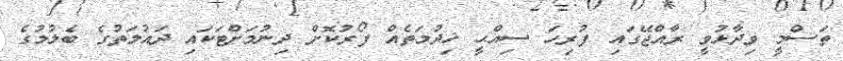
ތަސްމީ ވިދާޅުވީ ރާއްޖޭގައި ފުރިހަ ސިއްޙީ ޚިދުމަތެއް ފޯރުކޮށް ދިނުމަށްޓަކައި ދައުލަތުގެ ބެލުމުގެ